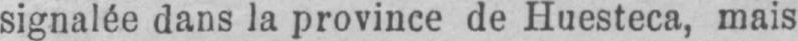
signalée dans la province de Huesteca, mais